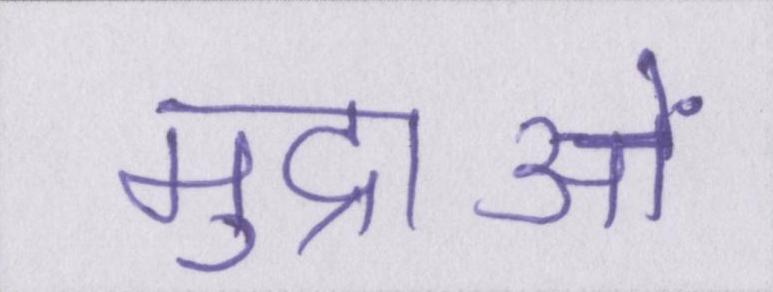
मुद्राओं